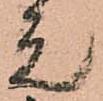
元